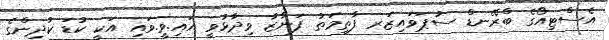
އެސްޓިއޯގެ ބްރޭނޑް ސުޕަވައިޒަރ ފާތިމަތު ފަނާޒާ ވިދާޅުވީ އައި.ވީ.ވައި އަކީ ކުޑަ ކުދިންގެ